Civil Veterinary Dept. Assam report 1911-1927 - 1911-1927
Year: 1911
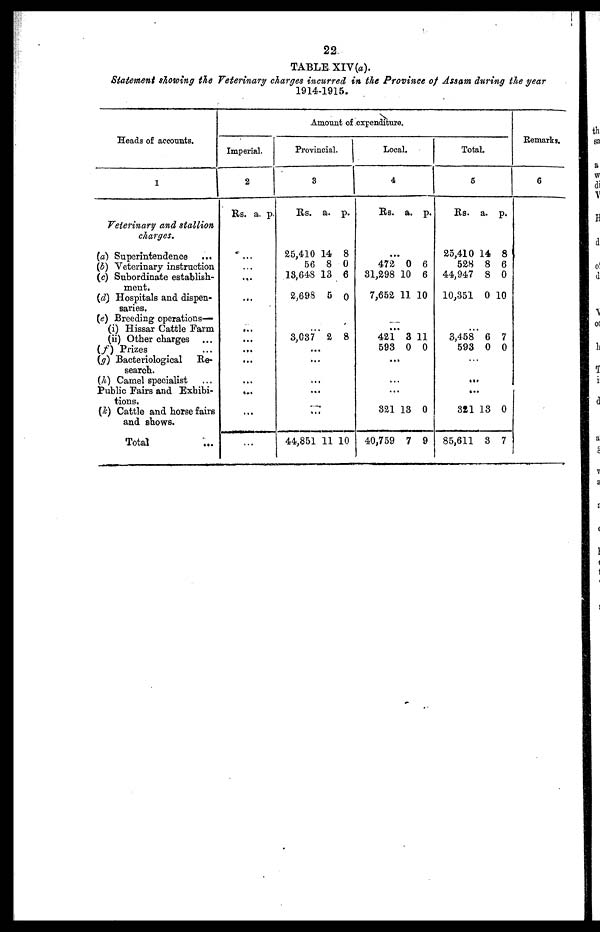
22
TABLE XIV(a).
Statement showing the Veterinary charges incurred in the Province of Assam during the year
1914-1915.
Heads of accounts.
1
Veterinary and stallion
charges.
(a) Superintendence ...
(b) Veterinary instruction
(c) Subordinate establish-
ment.
(d) Hospitals and dispen-
saries.
(e) Breeding operations—
(i) Hissar Cattle Farm
(ii) Other charges ...
(f) Prizes ...
(g) Bacteriological Re-
search.
(h) Camel specialist ...
Public Fairs and Exhibi-
tions.
(k) Cattle and horse fairs
and shows.
Total
Amount of expenditure.
Imperial.
2
Rs. a. p.
...
...
...
...
...
...
...
...
...
...
Provincial.
3
Rs.
25,410
56
18,648
2,698
...
3,037
...
...
...
...
44,851
a.
14
8
13
5
2
11
p.
8
0
6
0
8
10
Local.
4
Rs.
...
472
31,298
7,652
...
421
593
...
...
...
321
40,759
a.
0
10
11
3
0
13
7
p.
6
6
10
11
0
0
9
Total.
5
Rs.
25,410
528
44,947
10,351
...
3,458
593
...
...
...
321
85,611
a.
14
8
8
0
6
0
13
3
p.
8
6
0
10
7
0
0
7
Remarks.
6